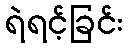
ရဲရင့်ခြင်း